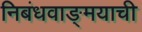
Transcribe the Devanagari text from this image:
निबंधवाङ्‌मयाची